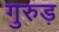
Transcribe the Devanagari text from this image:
गुरुड़